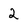
Character: 2